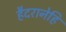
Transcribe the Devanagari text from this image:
हैदरानेहि